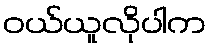
ဝယ်ယူလိုပါက